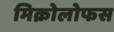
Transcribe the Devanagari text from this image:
मिक्रोलोफस